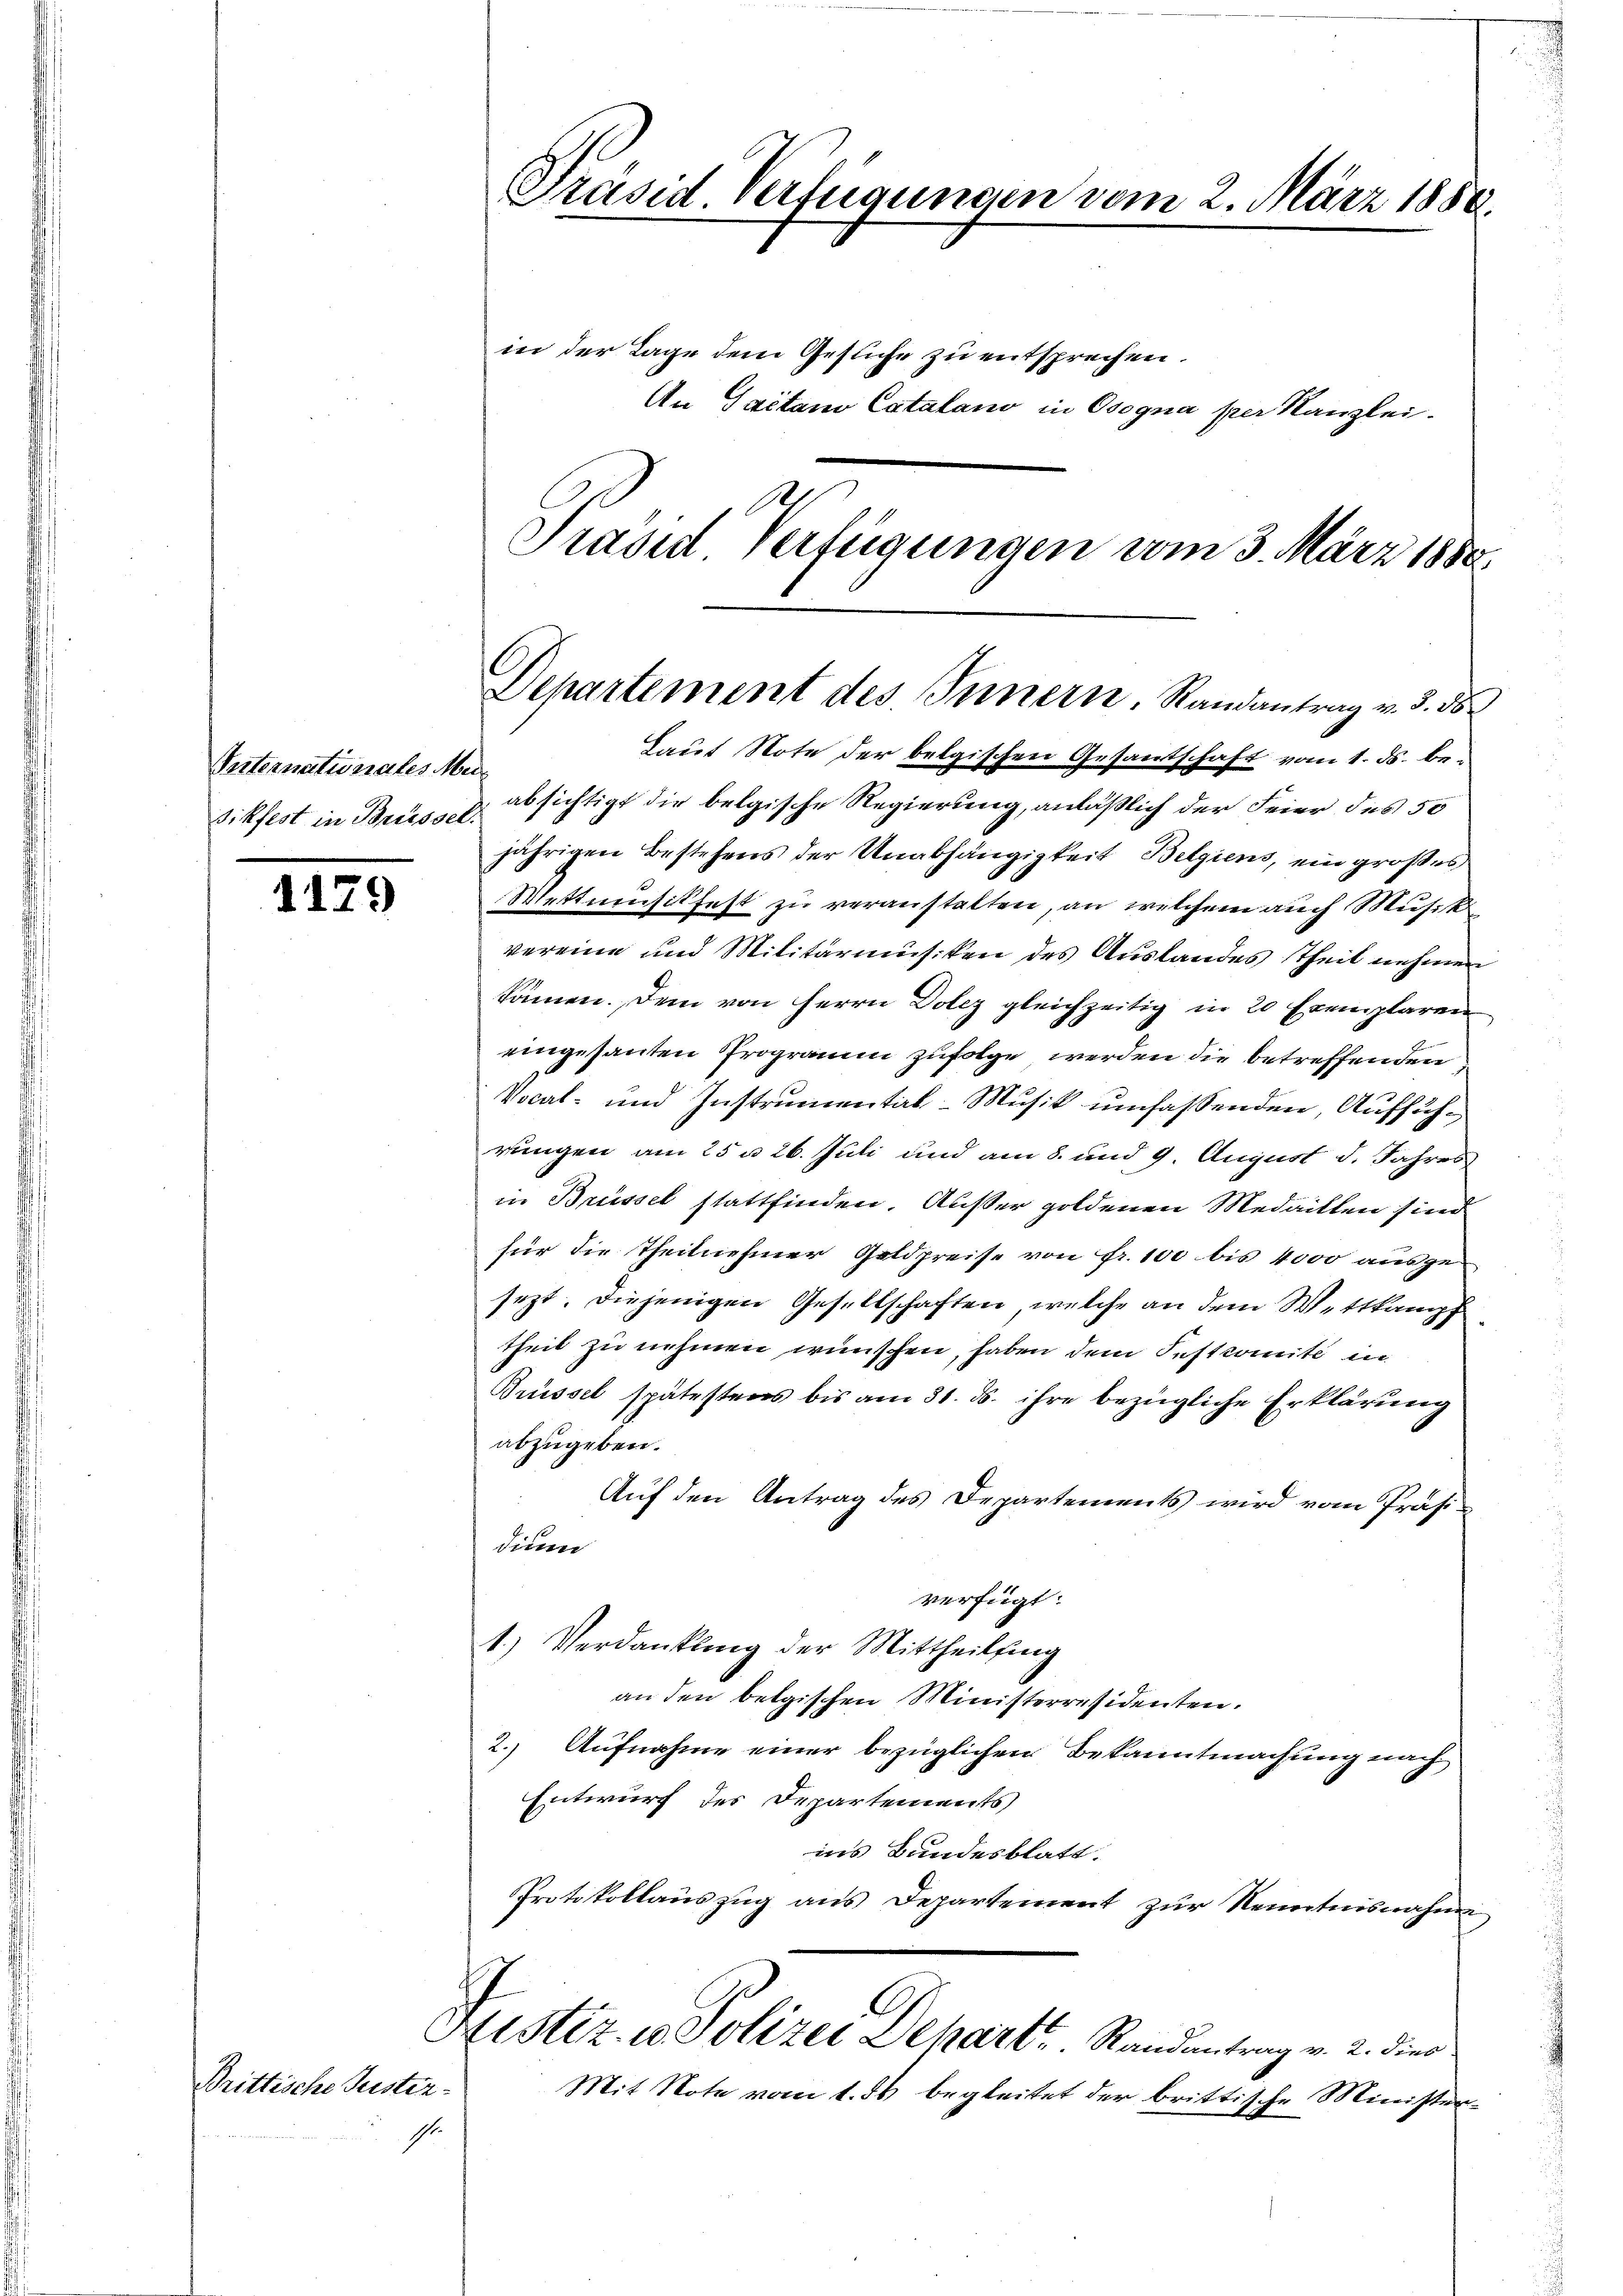
Internationates Men
Sikfest in Brüssel.

1179

Brittische Justiz-
s.

in der Tage dem Gesuche zu entsprechen.
An Saitam Catalano in Osogna per Kanzlei.
Ich
Präsid Verfügungen vom 3. März 1888.

Laut Note der belgischen Gesantschaft vom 1. ds. be-
absichtigt die belgische Regierung, anläßlich der Feier des 50
jährigen Bestehens der Unabhängigkeit Belgiens, ein großes
Mettmusikfest zu veranstalten, an welchem auch Musik
vereine und Militärmusiken des Auslandes Theil nehmen
kämmen. Dem von Herrn Dolcz gleichzeitig in 20 Exemplaren
eingesanten Programm zufolge, werden die betreffenden
Vocal- und Instrumental-Musik umfassenden, Aufführungen am 25 u 26. Juli und am 8. und 9. August d. Jahres
in Brüssel stattfinden. Außer goldenen Medaillen sind
für die Theilnehmer Geldpreise von Fr. 100 bis 4000 ausge-
sezt. Diejenigen Gesellschaften, welche an dem Wettkampf
theil zu nehmen wünschen, haben dem Festkomité in
Brüssel spätestens bis am 31. ds. ihre bezügliche Erklärung
abzugeben.
Auf den Antrag des Departements wird vom Präsidien
verfügt:
1.) Verdankling der Mittheilung
an den belgischen Ministerresidenten.
2. Aufnahme einer bezüglichen Bekanntmachung nach
Entwurf des Departements
ins Bundesblatt.
Protokollauszug aus Departement zur Kenntnisnahm
A
Sistiz- u. Polizei Depart ..  Randantrag v. 2. dies
Mit Note vom 1. ds begleitet der brittische Minister¬

Präsid Verfügungen vom 2. März 1888.

Departement des Innern. Randantrag v. 3. ds